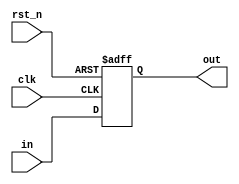
//************************************************************
// See LICENSE for license details.
//
// Module: uv_pipe
//
// Designer: Owen
//
// Description:
//      Pipeline stages.
//************************************************************

`timescale 1ns / 1ps

module uv_pipe
#(
    parameter PIPE_WIDTH = 1,
    parameter PIPE_STAGE = 1
)
(
    input                   clk,
    input                   rst_n,
    input  [PIPE_WIDTH-1:0] in,                  
    output [PIPE_WIDTH-1:0] out
);

    localparam UDLY = 1;
    localparam REG_STAGE = PIPE_STAGE == 0 ? 1 : PIPE_STAGE;
    genvar i;

    reg [PIPE_WIDTH-1:0] pipe_r[0:REG_STAGE-1];

    generate
        if (PIPE_STAGE == 0) begin: gen_no_pipe
            assign out = in;
        end
        else begin: gen_pipe
            always @(posedge clk or negedge rst_n) begin
                if (~rst_n) begin
                    pipe_r[0] <= {PIPE_WIDTH{1'b0}};
                end
                else begin
                    pipe_r[0] <= #UDLY in;
                end
            end

            for (i = 1; i < PIPE_STAGE; i = i + 1) begin: gen_pipe_regs
                always @(posedge clk or negedge rst_n) begin
                    if (~rst_n) begin
                        pipe_r[i] <= {PIPE_WIDTH{1'b0}};
                    end
                    else begin
                        pipe_r[i] <= #UDLY pipe_r[i-1];
                    end
                end
            end

            assign out = pipe_r[PIPE_STAGE-1];
        end
    endgenerate

endmodule